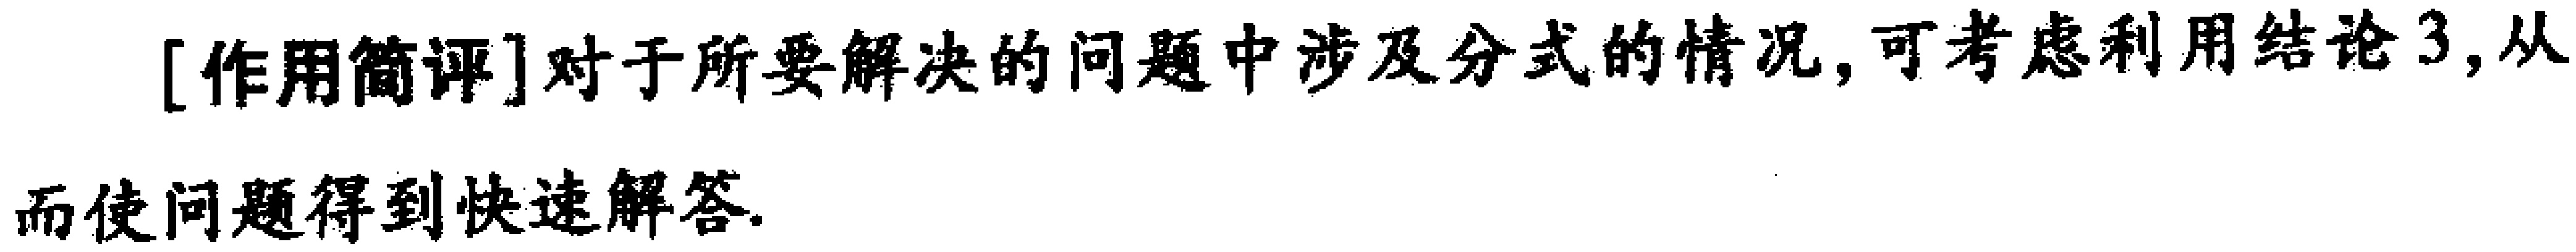
[作用简评]对于所要解决的问题中涉及分式的情况, 可考虑利用结论3, 从而使问题得到快速解答.